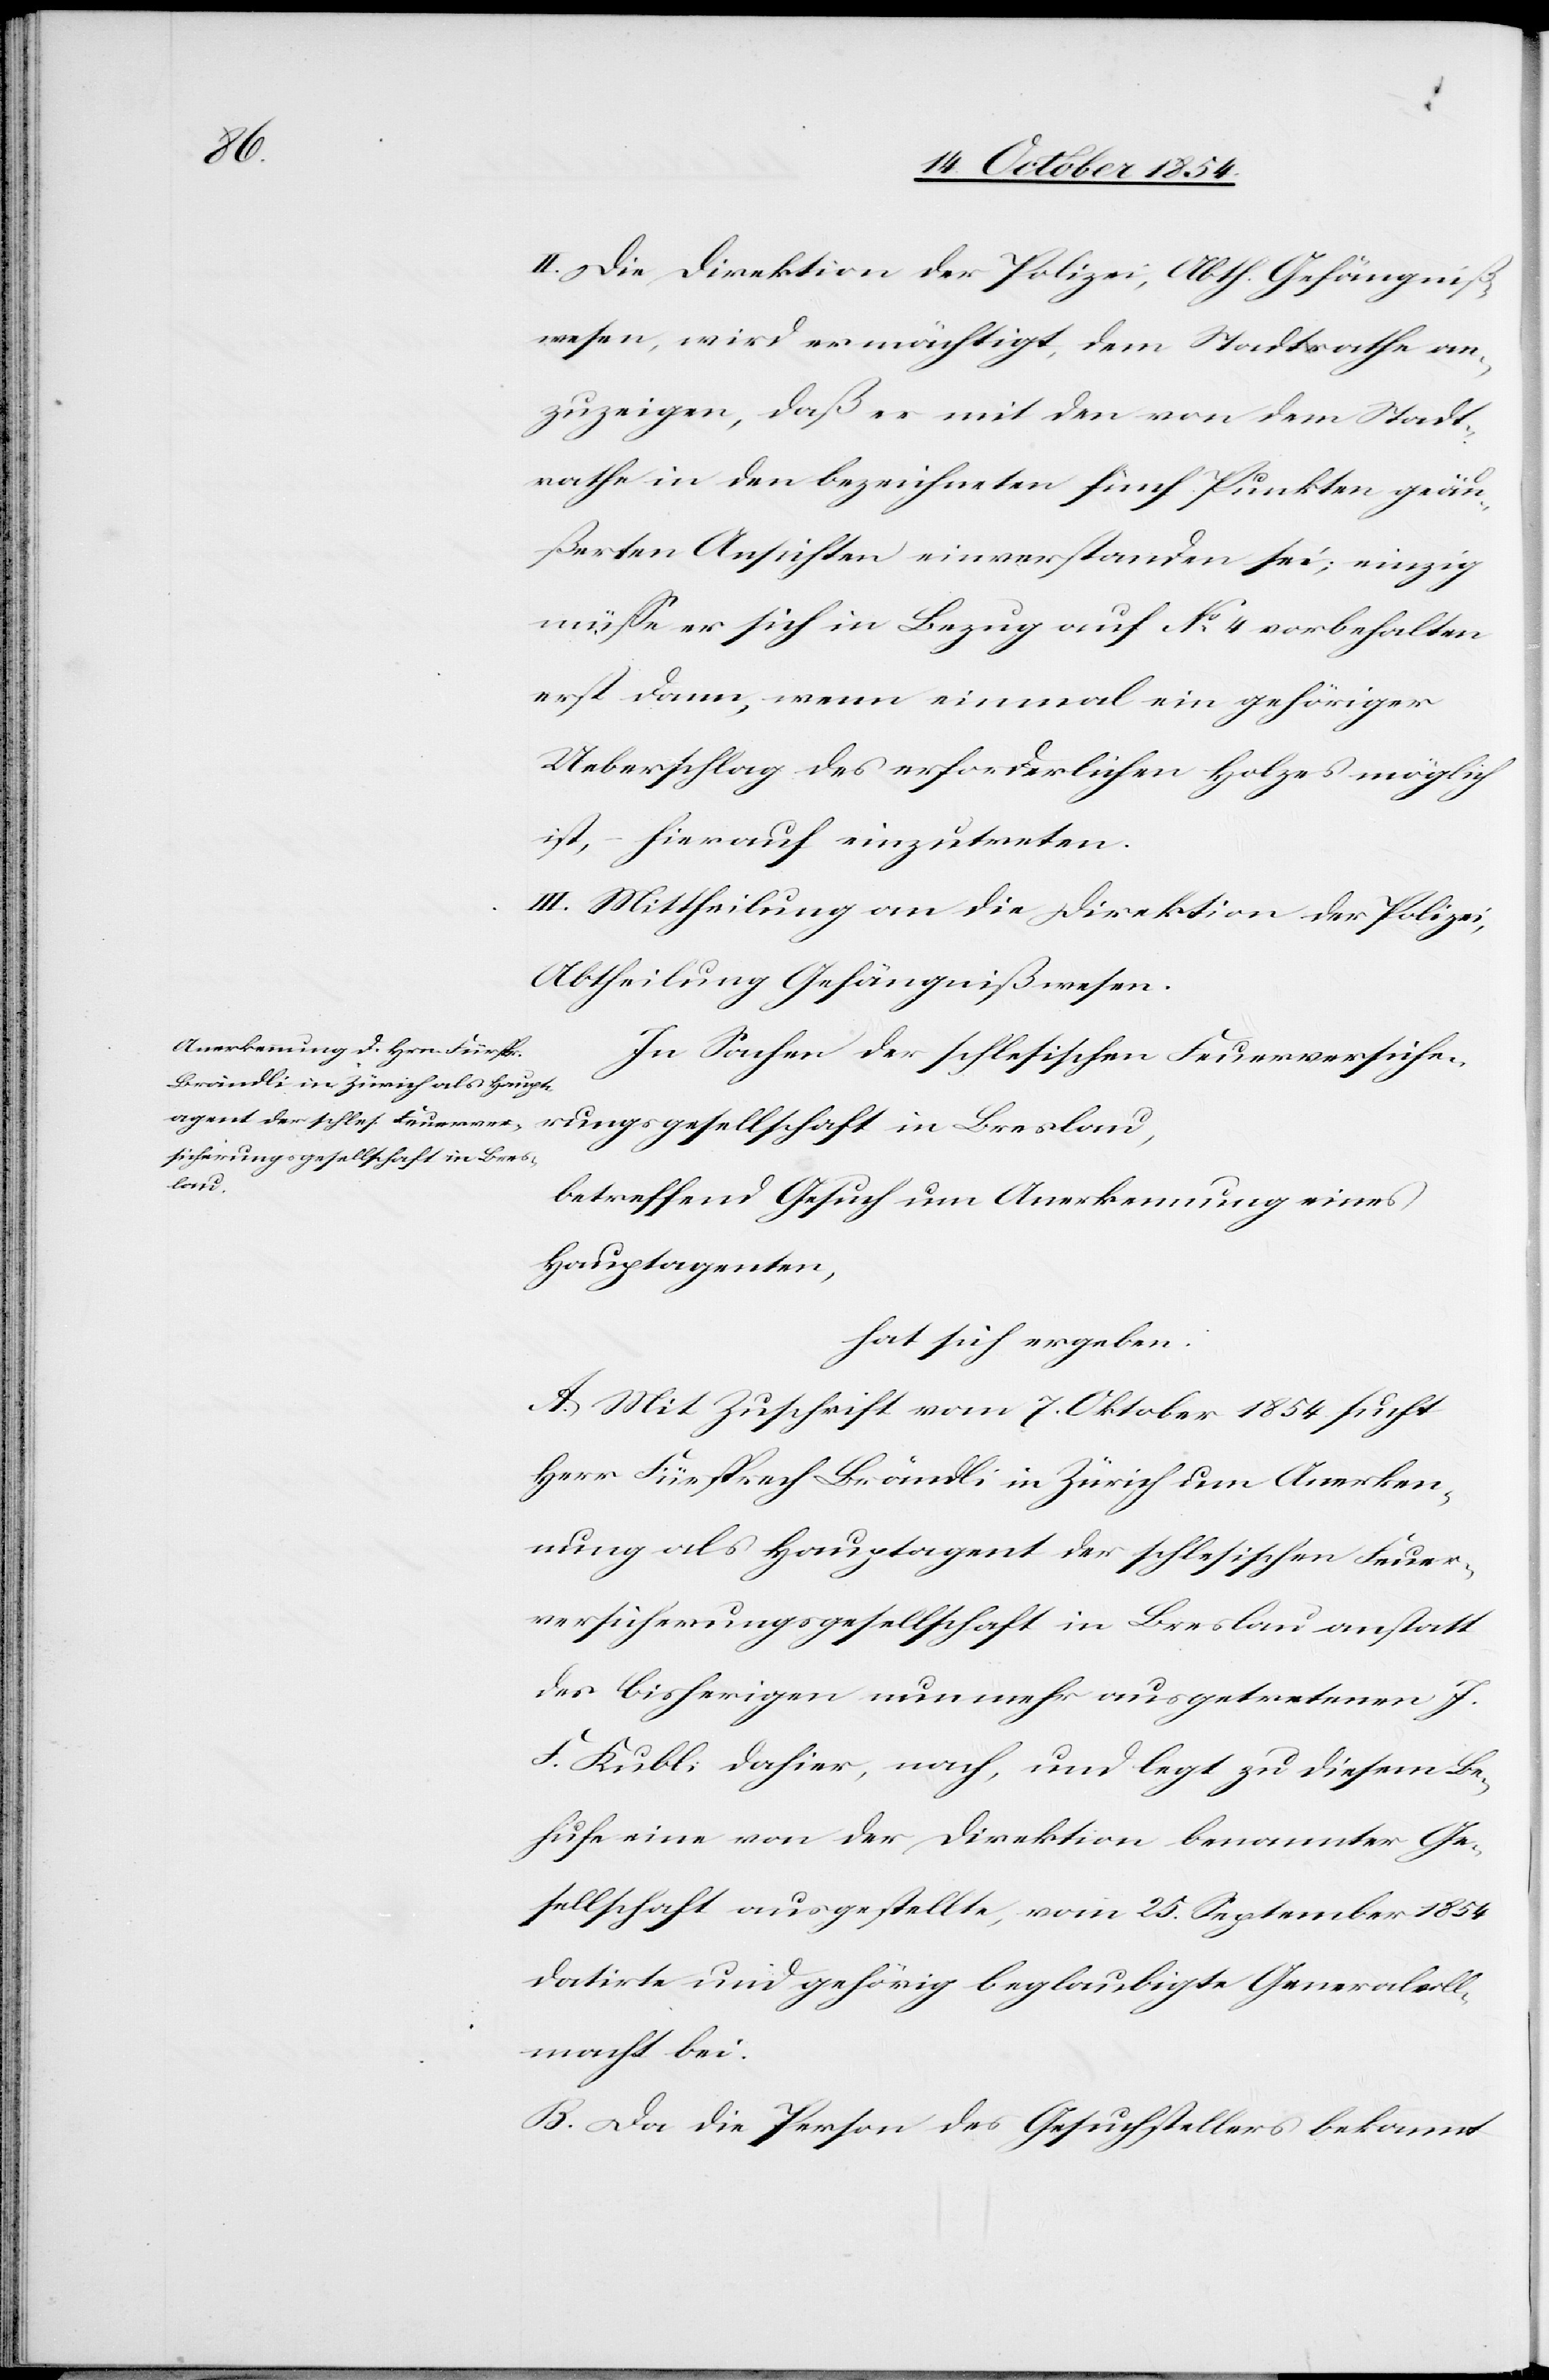
II. Die Direktion der Polizei, Abth. Gefängniß¬
wesen, wird ermächtigt, dem Stadtrathe an¬
zuzeigen, daß er mit den von dem Stadt¬
rathe in den bezeichneten fünf Punkten geäu¬
ßerten Ansichten einverstanden sei; einzig
müße er sich in Bezug auf No 4 vorbehalten
erst dann, wenn einmal ein gehöriger
Ueberschlag des erforderlichen Holzes möglich
ist, – hierauf einzutreten.
III. Mittheilung an die Direktion der Polizei,
Abtheilung Gefängnißwesen.
In Sachen der schlesischen Feuerversiche¬
rungsgesellschaft in Breslau,
betreffend Gesuch um Anerkennung eines
Hauptagenten,
hat sich ergeben:
A. Mit Zuschrift vom 7. Oktober 1854 sucht
Herr Fürsprech Brändli in Zürich um Anerken¬
nung als Hauptagent der schlesischen Feuer¬
versicherungsgesellschaft in Breslau anstatt
des bisherigen nunmehr ausgetretenen J.
F. Kubli dahier, nach, und legt zu diesem Be¬
hufe eine von der Direktion benannter Ge¬
sellschaft ausgestellte, vom 25. September 1854
datirte und gehörig beglaubigte Generalvoll¬
macht bei.
B. Da die Person des Gesuchstellers bekannt